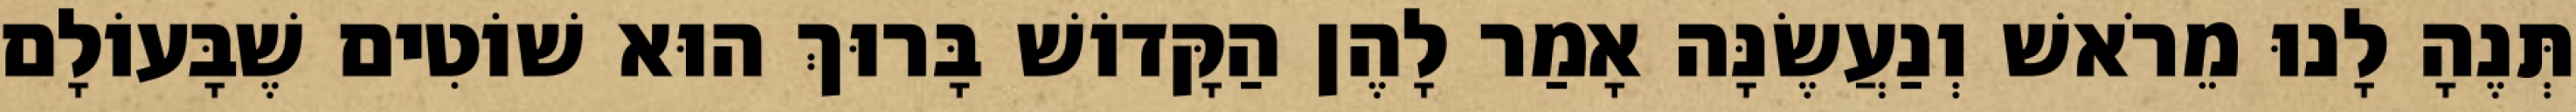
תְּנֶהָ לָנוּ מֵרֹאשׁ וְנַעֲשֶׂנָּה אָמַר לָהֶן הַקָּדוֹשׁ בָּרוּךְ הוּא שׁוֹטִים שֶׁבָּעוֹלָם